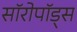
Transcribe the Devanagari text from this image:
सॉरोपॉड्स